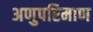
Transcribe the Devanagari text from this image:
अणुपरिमाण